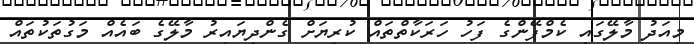
މިއަދު މާލޭގައި ކެމްޕޭންގެ ފަހު ހަރަކާތްތައް ކުރިޔަށް ގެންދިޔައިރު މާލޭގެ ބައެއް މަގުތަކުތައް